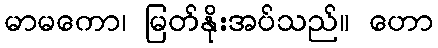
မာမကော၊ မြတ်နိုးအပ်သည်။ ဟော